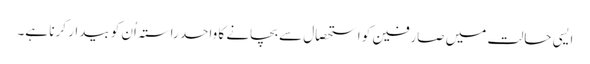
ایسی حالت میں صارفین کو استحصال سے بچانے کا واحد راستہ اُن کو بیدار کرنا ہے۔